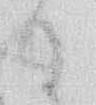
か